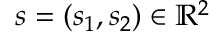
s = ( s _ { 1 } , s _ { 2 } ) \in \mathbb { R } ^ { 2 }